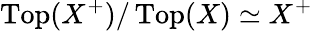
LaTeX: \operatorname{Top}(X^{+})/\operatorname{Top}(X)\simeq X^{+}